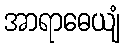
အာရာဓေယျံ